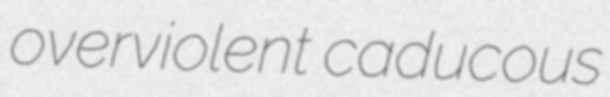
overviolent caducous